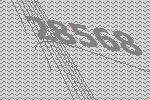
28568